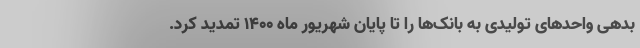
بدهی واحدهای تولیدی به بانک‌ها را تا پایان شهریور ماه ۱۴۰۰ تمدید کرد.